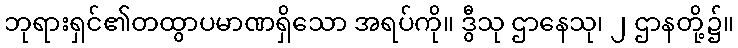
ဘုရားရှင်၏တထွာပမာဏရှိသော အရပ်ကို။ ဒွီသု ဌာနေသု၊ ၂ ဌာနတို့၌။